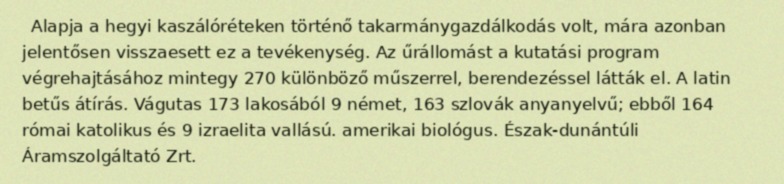
Alapja a hegyi kaszálóréteken történő takarmánygazdálkodás volt, mára azonban jelentősen visszaesett ez a tevékenység. Az űrállomást a kutatási program végrehajtásához mintegy 270 különböző műszerrel, berendezéssel látták el. A latin betűs átírás. Vágutas 173 lakosából 9 német, 163 szlovák anyanyelvű; ebből 164 római katolikus és 9 izraelita vallású. amerikai biológus. Észak-dunántúli Áramszolgáltató Zrt.